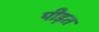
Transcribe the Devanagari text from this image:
पीड़त